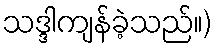
သဒ္ဒါကျန်ခဲ့သည်။)